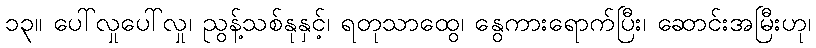
၁၃။ ပေါ်လှုပေါ်လှု၊ ညွန့်သစ်နုနှင့်၊ ရတုသာထွေ၊ နွေကားရောက်ပြီး၊ ဆောင်းအမြီးဟု၊